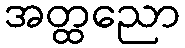
အတ္ထညော